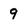
Character: 9